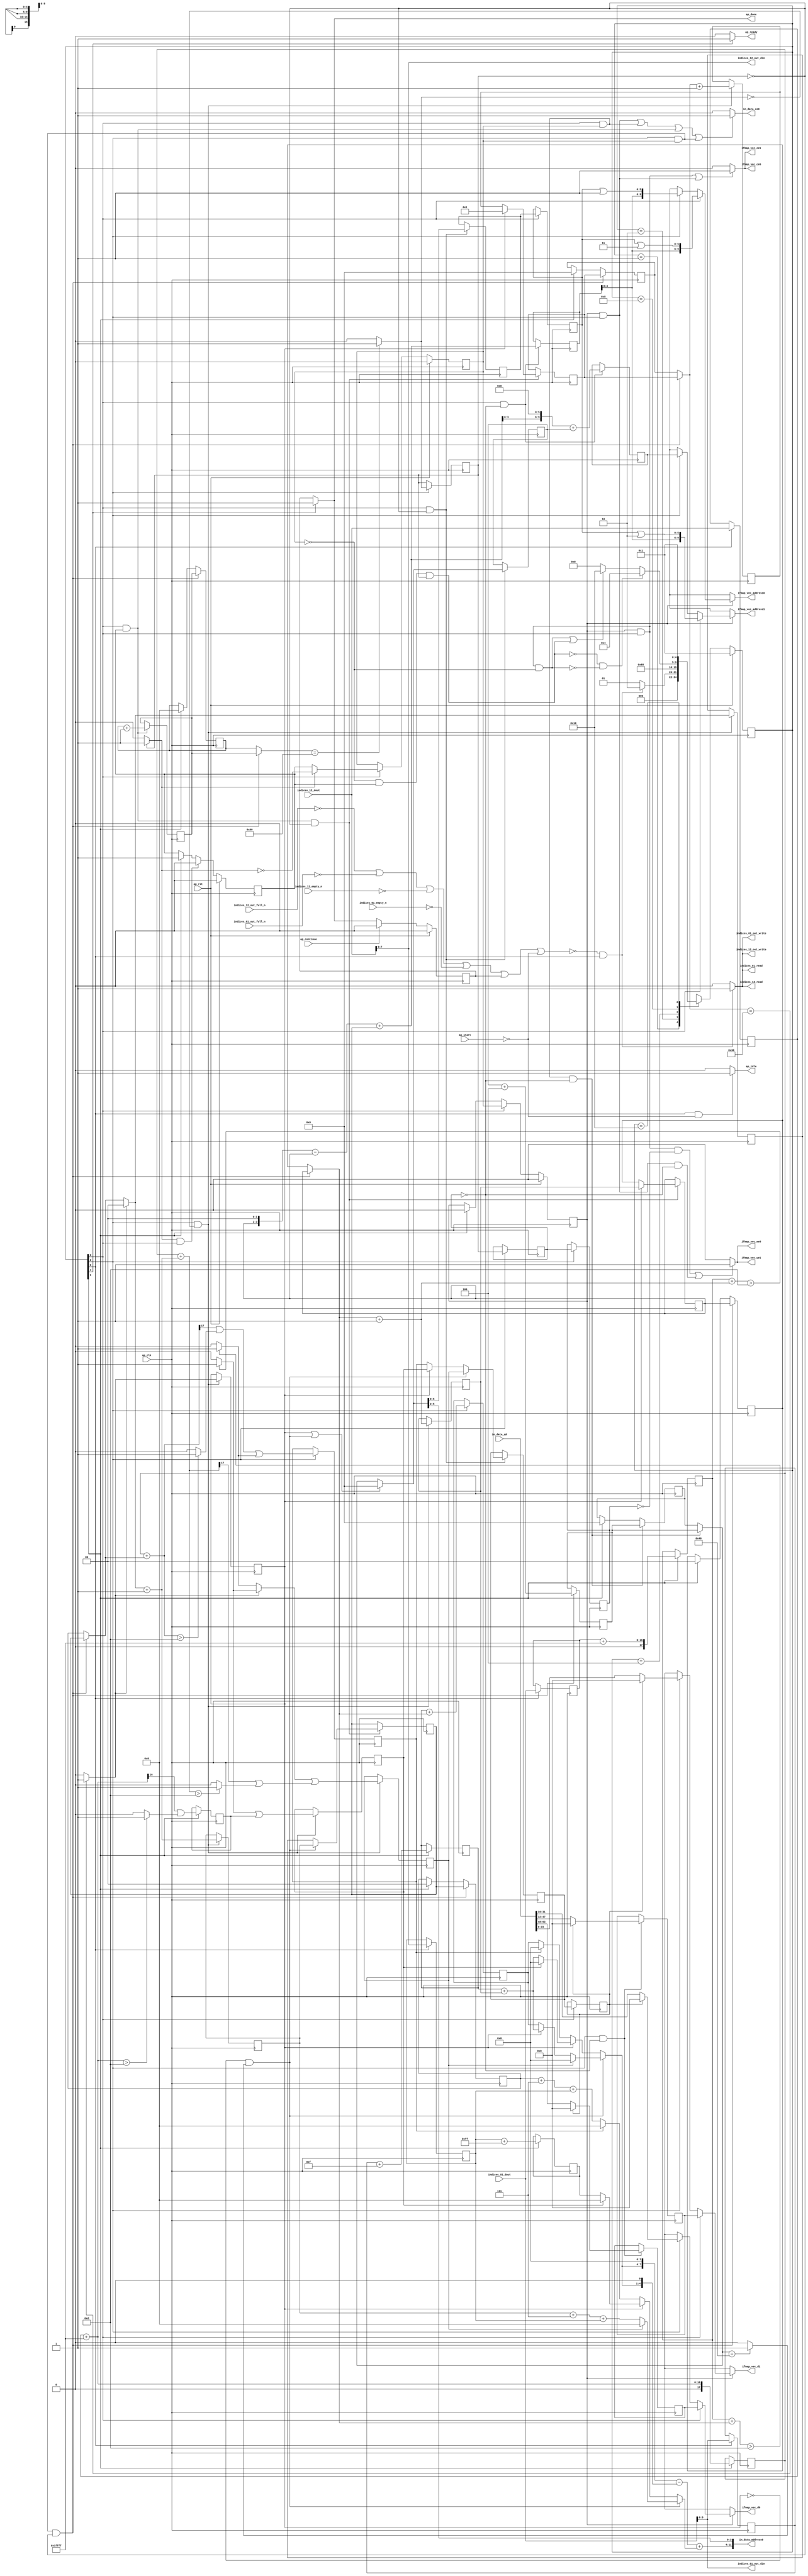
`define EXPONENT 5
`define MANTISSA 10
`define ACTUAL_MANTISSA 11
`define EXPONENT_LSB 10
`define EXPONENT_MSB 14
`define MANTISSA_LSB 0
`define MANTISSA_MSB 9
`define MANTISSA_MUL_SPLIT_LSB 3
`define MANTISSA_MUL_SPLIT_MSB 9
`define SIGN 1
`define SIGN_LOC 15
`define DWIDTH (`SIGN+`EXPONENT+`MANTISSA)
`define IEEE_COMPLIANCE 1

module td_fused_top_tdf11_readInputs75 (
        ap_clk,
        ap_rst,
        ap_start,
        ap_done,
        ap_continue,
        ap_idle,
        ap_ready,
        in_data_address0,
        in_data_ce0,
        in_data_q0,
        indices_01_dout,
        indices_01_empty_n,
        indices_01_read,
        indices_12_dout,
        indices_12_empty_n,
        indices_12_read,
        ifmap_vec_address0,
        ifmap_vec_ce0,
        ifmap_vec_we0,
        ifmap_vec_d0,
        ifmap_vec_address1,
        ifmap_vec_ce1,
        ifmap_vec_we1,
        ifmap_vec_d1,
        indices_01_out_din,
        indices_01_out_full_n,
        indices_01_out_write,
        indices_12_out_din,
        indices_12_out_full_n,
        indices_12_out_write
);

parameter    ap_ST_fsm_state1 = 5'd1;
parameter    ap_ST_fsm_state2 = 5'd2;
parameter    ap_ST_fsm_pp0_stage0 = 5'd4;
parameter    ap_ST_fsm_pp0_stage1 = 5'd8;
parameter    ap_ST_fsm_state9 = 5'd16;

input   ap_clk;
input   ap_rst;
input   ap_start;
output   ap_done;
input   ap_continue;
output   ap_idle;
output   ap_ready;
output  [11:0] in_data_address0;
output   in_data_ce0;
input  [63:0] in_data_q0;
input  [15:0] indices_01_dout;
input   indices_01_empty_n;
output   indices_01_read;
input  [15:0] indices_12_dout;
input   indices_12_empty_n;
output   indices_12_read;
output  [9:0] ifmap_vec_address0;
output   ifmap_vec_ce0;
output   ifmap_vec_we0;
output  [15:0] ifmap_vec_d0;
output  [9:0] ifmap_vec_address1;
output   ifmap_vec_ce1;
output   ifmap_vec_we1;
output  [15:0] ifmap_vec_d1;
output  [3:0] indices_01_out_din;
input   indices_01_out_full_n;
output   indices_01_out_write;
output  [7:0] indices_12_out_din;
input   indices_12_out_full_n;
output   indices_12_out_write;

reg ap_done;
reg ap_idle;
reg ap_ready;
reg in_data_ce0;
reg indices_01_read;
reg indices_12_read;
reg[9:0] ifmap_vec_address0;
reg ifmap_vec_ce0;
reg ifmap_vec_we0;
reg[15:0] ifmap_vec_d0;
reg[9:0] ifmap_vec_address1;
reg ifmap_vec_ce1;
reg ifmap_vec_we1;
reg[15:0] ifmap_vec_d1;
reg indices_01_out_write;
reg indices_12_out_write;

reg    ap_done_reg;
  reg   [4:0] ap_CS_fsm;
wire    ap_CS_fsm_state1;
reg    indices_01_blk_n;
reg    indices_12_blk_n;
reg    indices_01_out_blk_n;
reg    indices_12_out_blk_n;
reg   [7:0] indvar_flatten47_reg_224;
reg   [1:0] ii_reg_236;
reg   [6:0] indvar_flatten_reg_248;
reg   [1:0] jj_reg_259;
reg   [6:0] kk_0_i_i_reg_271;
reg   [15:0] indices_01_read_reg_960;
wire   [3:0] trunc_ln250_fu_282_p1;
reg   [3:0] trunc_ln250_reg_965;
reg   [15:0] indices_12_read_reg_970;
wire   [7:0] empty_fu_287_p1;
reg   [7:0] empty_reg_975;
wire   [17:0] p_cast_i_i_fu_304_p1;
reg   [17:0] p_cast_i_i_reg_982;
wire    ap_CS_fsm_state2;
wire   [17:0] sext_ln22_fu_314_p1;
reg   [17:0] sext_ln22_reg_988;
wire   [3:0] p_cast_fu_318_p2;
reg   [3:0] p_cast_reg_994;
wire   [0:0] or_ln23_31_fu_337_p2;
reg   [0:0] or_ln23_31_reg_1000;
wire   [7:0] p_mid137_fu_343_p2;
reg   [7:0] p_mid137_reg_1005;
wire   [3:0] p_cast5_i_i_fu_361_p2;
reg   [3:0] p_cast5_i_i_reg_1010;
wire    ap_CS_fsm_pp0_stage0;
wire    ap_block_state3_pp0_stage0_iter0;
wire    ap_block_state5_pp0_stage0_iter1;
wire    ap_block_state7_pp0_stage0_iter2;
wire    ap_block_pp0_stage0_11001;
wire   [0:0] is_padding_fu_401_p2;
reg   [0:0] is_padding_reg_1016;
wire   [0:0] icmp_ln19_fu_407_p2;
reg   [0:0] icmp_ln19_reg_1023;
reg   [0:0] icmp_ln19_reg_1023_pp0_iter1_reg;
reg   [0:0] icmp_ln19_reg_1023_pp0_iter2_reg;
wire   [1:0] add_ln19_fu_413_p2;
reg   [1:0] add_ln19_reg_1027;
wire   [0:0] icmp_ln20_fu_419_p2;
reg   [0:0] icmp_ln20_reg_1033;
wire   [1:0] select_ln19_fu_425_p3;
reg   [1:0] select_ln19_reg_1045;
wire   [0:0] or_ln23_33_fu_456_p2;
reg   [0:0] or_ln23_33_reg_1050;
wire   [1:0] add_ln20_fu_461_p2;
reg   [1:0] add_ln20_reg_1057;
wire   [0:0] or_ln23_35_fu_496_p2;
reg   [0:0] or_ln23_35_reg_1063;
wire   [6:0] add_ln20_7_fu_502_p2;
reg   [6:0] add_ln20_7_reg_1070;
wire   [7:0] add_ln19_7_fu_508_p2;
reg   [7:0] add_ln19_7_reg_1075;
wire    ap_CS_fsm_pp0_stage1;
reg    ap_enable_reg_pp0_iter0;
wire    ap_block_state4_pp0_stage1_iter0;
wire    ap_block_state6_pp0_stage1_iter1;
wire    ap_block_state8_pp0_stage1_iter2;
wire    ap_block_pp0_stage1_11001;
wire   [1:0] select_ln19_36_fu_546_p3;
reg   [1:0] select_ln19_36_reg_1080;
wire   [6:0] select_ln20_fu_620_p3;
reg   [6:0] select_ln20_reg_1087;
wire   [1:0] select_ln20_30_fu_628_p3;
reg   [1:0] select_ln20_30_reg_1093;
wire   [0:0] select_ln20_31_fu_637_p3;
reg   [0:0] select_ln20_31_reg_1099;
reg   [0:0] select_ln20_31_reg_1099_pp0_iter1_reg;
wire   [5:0] empty_137_fu_733_p1;
reg   [5:0] empty_137_reg_1107;
reg   [5:0] empty_137_reg_1107_pp0_iter1_reg;
wire   [6:0] select_ln20_34_fu_760_p3;
reg   [6:0] select_ln20_34_reg_1119;
wire   [6:0] add_ln25_fu_766_p2;
reg   [6:0] add_ln25_reg_1124;
reg    ap_enable_reg_pp0_iter1;
wire   [5:0] add_ln33_fu_798_p2;
reg   [5:0] add_ln33_reg_1129;
wire   [9:0] add_ln33_7_fu_819_p2;
reg   [9:0] add_ln33_7_reg_1136;
wire   [15:0] select_ln33_29_fu_898_p3;
reg   [15:0] select_ln33_29_reg_1141;
wire   [15:0] select_ln33_30_fu_919_p3;
reg   [15:0] select_ln33_30_reg_1146;
wire    ap_block_pp0_stage1_subdone;
reg    ap_condition_pp0_exit_iter0_state4;
reg    ap_enable_reg_pp0_iter2;
reg   [7:0] ap_phi_mux_indvar_flatten47_phi_fu_228_p4;
wire    ap_block_pp0_stage0;
reg   [1:0] ap_phi_mux_ii_phi_fu_240_p4;
reg   [6:0] ap_phi_mux_indvar_flatten_phi_fu_252_p4;
reg   [1:0] ap_phi_mux_jj_phi_fu_263_p4;
reg   [6:0] ap_phi_mux_kk_0_i_i_phi_fu_275_p4;
wire    ap_block_pp0_stage1;
wire   [63:0] sext_ln32_fu_755_p1;
wire   [63:0] zext_ln33_29_fu_825_p1;
wire   [63:0] sext_ln33_fu_857_p1;
wire   [63:0] sext_ln33_11_fu_938_p1;
wire   [63:0] sext_ln33_12_fu_955_p1;
reg    ap_block_state1;
wire   [15:0] select_ln33_fu_837_p3;
wire   [15:0] select_ln33_28_fu_876_p3;
wire   [16:0] zext_ln19_fu_295_p1;
wire   [16:0] empty_132_fu_298_p2;
wire   [16:0] j_cast_i_i_fu_292_p1;
wire   [16:0] add_ln22_fu_308_p2;
wire   [0:0] tmp_49_fu_323_p3;
wire   [0:0] icmp_ln24_fu_331_p2;
wire   [17:0] ii_cast_i_i_fu_348_p1;
wire   [3:0] ii_cast_fu_352_p1;
wire   [17:0] empty_133_fu_356_p2;
wire   [17:0] zext_ln20_fu_372_p1;
wire   [17:0] add_ln22_7_fu_376_p2;
wire   [0:0] tmp_50_fu_381_p3;
wire   [0:0] icmp_ln24_7_fu_389_p2;
wire   [0:0] or_ln23_fu_395_p2;
wire   [0:0] empty_134_fu_366_p2;
wire   [17:0] ii_cast_i_i_mid1_fu_433_p1;
wire   [17:0] p_mid111_fu_437_p2;
wire   [0:0] p_mid113_fu_442_p2;
wire   [17:0] zext_ln20_7_fu_467_p1;
wire   [17:0] add_ln22_8_fu_471_p2;
wire   [0:0] tmp_51_fu_476_p3;
wire   [0:0] icmp_ln24_8_fu_484_p2;
wire   [0:0] or_ln23_34_fu_490_p2;
wire   [0:0] select_ln19_38_fu_448_p3;
wire   [2:0] zext_ln22_fu_514_p1;
wire   [2:0] tmp1_fu_524_p2;
wire   [7:0] tmp1_cast_fu_530_p1;
wire   [7:0] empty_135_fu_534_p2;
wire   [3:0] ii_cast_mid1_fu_552_p1;
wire   [3:0] p_cast5_i_i_mid1_fu_555_p2;
wire   [3:0] row_coord_int_mid131_fu_571_p3;
wire   [3:0] row_coord_int_fu_518_p3;
wire   [7:0] col_coord_int_mid139_fu_578_p3;
wire   [7:0] col_coord_int_fu_539_p3;
wire   [0:0] icmp_ln25_fu_603_p2;
wire   [0:0] xor_ln19_fu_598_p2;
wire   [0:0] and_ln19_fu_609_p2;
wire   [0:0] or_ln20_fu_615_p2;
wire   [0:0] select_ln19_39_fu_566_p3;
wire   [3:0] select_ln19_37_fu_560_p3;
wire   [2:0] zext_ln22_7_fu_634_p1;
wire   [2:0] tmp1_mid1_fu_651_p2;
wire   [7:0] tmp1_cast_mid1_fu_657_p1;
wire   [7:0] p_mid1_fu_661_p2;
wire   [3:0] row_coord_int_mid1_fu_644_p3;
wire   [3:0] select_ln19_40_fu_584_p3;
wire   [3:0] select_ln20_32_fu_673_p3;
wire   [7:0] tmp_s_fu_681_p3;
wire   [4:0] tmp_16_fu_693_p3;
wire   [8:0] zext_ln32_fu_689_p1;
wire   [8:0] zext_ln32_34_fu_701_p1;
wire   [8:0] sub_ln32_fu_705_p2;
wire   [7:0] col_coord_int_mid1_fu_666_p3;
wire   [7:0] select_ln19_41_fu_591_p3;
wire   [7:0] select_ln20_33_fu_715_p3;
wire   [9:0] sext_ln20_fu_711_p1;
wire   [9:0] zext_ln32_35_fu_723_p1;
wire   [9:0] add_ln32_fu_727_p2;
wire   [3:0] lshr_ln_fu_737_p4;
wire   [13:0] tmp_52_fu_747_p3;
wire   [3:0] tmp_fu_774_p3;
wire   [4:0] zext_ln33_26_fu_781_p1;
wire   [4:0] zext_ln33_fu_771_p1;
wire   [4:0] sub_ln33_fu_785_p2;
wire   [5:0] sub_ln33_cast_fu_791_p1;
wire   [5:0] zext_ln33_27_fu_795_p1;
wire   [3:0] trunc_ln33_fu_804_p1;
wire   [9:0] tmp_155_cast_fu_808_p3;
wire   [9:0] zext_ln33_28_fu_816_p1;
wire   [15:0] trunc_ln32_fu_829_p1;
wire   [15:0] bitcast_ln32_fu_833_p1;
wire   [5:0] or_ln25_fu_845_p2;
wire   [11:0] tmp_53_fu_850_p3;
wire   [15:0] tmp_84_i_i_fu_862_p4;
wire   [15:0] bitcast_ln32_28_fu_872_p1;
wire   [15:0] tmp_85_i_i_fu_884_p4;
wire   [15:0] bitcast_ln32_29_fu_894_p1;
wire   [15:0] tmp_86_i_i_fu_905_p4;
wire   [15:0] bitcast_ln32_30_fu_915_p1;
wire   [5:0] or_ln25_19_fu_926_p2;
wire   [11:0] tmp_54_fu_931_p3;
wire   [5:0] or_ln25_20_fu_943_p2;
wire   [11:0] tmp_55_fu_948_p3;
wire    ap_CS_fsm_state9;
reg   [4:0] ap_NS_fsm;
wire    ap_block_pp0_stage0_subdone;
reg    ap_idle_pp0;
wire    ap_enable_pp0;
wire    ap_ce_reg;

// power-on initialization
initial begin
#0 ap_done_reg = 1'b0;
#0 ap_CS_fsm = 5'd1;
#0 ap_enable_reg_pp0_iter0 = 1'b0;
#0 ap_enable_reg_pp0_iter1 = 1'b0;
#0 ap_enable_reg_pp0_iter2 = 1'b0;
end

always @ (posedge ap_clk) begin
    if (ap_rst == 1'b1) begin
        ap_CS_fsm <= ap_ST_fsm_state1;
    end else begin
        ap_CS_fsm <= ap_NS_fsm;
    end
end

always @ (posedge ap_clk) begin
    if (ap_rst == 1'b1) begin
        ap_done_reg <= 1'b0;
    end else begin
        if ((ap_continue == 1'b1)) begin
            ap_done_reg <= 1'b0;
        end else if ((1'b1 == ap_CS_fsm_state9)) begin
            ap_done_reg <= 1'b1;
        end
    end
end

always @ (posedge ap_clk) begin
    if (ap_rst == 1'b1) begin
        ap_enable_reg_pp0_iter0 <= 1'b0;
    end else begin
        if (((1'b1 == ap_condition_pp0_exit_iter0_state4) & (1'b1 == ap_CS_fsm_pp0_stage1) & (1'b0 == ap_block_pp0_stage1_subdone))) begin
            ap_enable_reg_pp0_iter0 <= 1'b0;
        end else if ((1'b1 == ap_CS_fsm_state2)) begin
            ap_enable_reg_pp0_iter0 <= 1'b1;
        end
    end
end

always @ (posedge ap_clk) begin
    if (ap_rst == 1'b1) begin
        ap_enable_reg_pp0_iter1 <= 1'b0;
    end else begin
        if (((1'b1 == ap_CS_fsm_pp0_stage1) & (1'b0 == ap_block_pp0_stage1_subdone))) begin
            if ((1'b1 == ap_condition_pp0_exit_iter0_state4)) begin
                ap_enable_reg_pp0_iter1 <= (1'b1 ^ ap_condition_pp0_exit_iter0_state4);
            end else if ((1'b1 == 1'b1)) begin
                ap_enable_reg_pp0_iter1 <= ap_enable_reg_pp0_iter0;
            end
        end
    end
end

always @ (posedge ap_clk) begin
    if (ap_rst == 1'b1) begin
        ap_enable_reg_pp0_iter2 <= 1'b0;
    end else begin
        if (((1'b1 == ap_CS_fsm_pp0_stage1) & (1'b0 == ap_block_pp0_stage1_subdone))) begin
            ap_enable_reg_pp0_iter2 <= ap_enable_reg_pp0_iter1;
        end else if ((1'b1 == ap_CS_fsm_state2)) begin
            ap_enable_reg_pp0_iter2 <= 1'b0;
        end
    end
end

always @ (posedge ap_clk) begin
    if (((1'b1 == ap_CS_fsm_pp0_stage0) & (ap_enable_reg_pp0_iter1 == 1'b1) & (icmp_ln19_reg_1023 == 1'd0) & (1'b0 == ap_block_pp0_stage0_11001))) begin
        ii_reg_236 <= select_ln19_36_reg_1080;
    end else if ((1'b1 == ap_CS_fsm_state2)) begin
        ii_reg_236 <= 2'd0;
    end
end

always @ (posedge ap_clk) begin
    if (((1'b1 == ap_CS_fsm_pp0_stage0) & (ap_enable_reg_pp0_iter1 == 1'b1) & (icmp_ln19_reg_1023 == 1'd0) & (1'b0 == ap_block_pp0_stage0_11001))) begin
        indvar_flatten47_reg_224 <= add_ln19_7_reg_1075;
    end else if ((1'b1 == ap_CS_fsm_state2)) begin
        indvar_flatten47_reg_224 <= 8'd0;
    end
end

always @ (posedge ap_clk) begin
    if (((1'b1 == ap_CS_fsm_pp0_stage0) & (ap_enable_reg_pp0_iter1 == 1'b1) & (icmp_ln19_reg_1023 == 1'd0) & (1'b0 == ap_block_pp0_stage0_11001))) begin
        indvar_flatten_reg_248 <= select_ln20_34_reg_1119;
    end else if ((1'b1 == ap_CS_fsm_state2)) begin
        indvar_flatten_reg_248 <= 7'd0;
    end
end

always @ (posedge ap_clk) begin
    if (((1'b1 == ap_CS_fsm_pp0_stage0) & (ap_enable_reg_pp0_iter1 == 1'b1) & (icmp_ln19_reg_1023 == 1'd0) & (1'b0 == ap_block_pp0_stage0_11001))) begin
        jj_reg_259 <= select_ln20_30_reg_1093;
    end else if ((1'b1 == ap_CS_fsm_state2)) begin
        jj_reg_259 <= 2'd0;
    end
end

always @ (posedge ap_clk) begin
    if (((1'b1 == ap_CS_fsm_pp0_stage1) & (ap_enable_reg_pp0_iter1 == 1'b1) & (icmp_ln19_reg_1023_pp0_iter1_reg == 1'd0) & (1'b0 == ap_block_pp0_stage1_11001))) begin
        kk_0_i_i_reg_271 <= add_ln25_reg_1124;
    end else if ((1'b1 == ap_CS_fsm_state2)) begin
        kk_0_i_i_reg_271 <= 7'd0;
    end
end

always @ (posedge ap_clk) begin
    if (((1'b1 == ap_CS_fsm_pp0_stage1) & (ap_enable_reg_pp0_iter0 == 1'b1) & (1'b0 == ap_block_pp0_stage1_11001))) begin
        add_ln19_7_reg_1075 <= add_ln19_7_fu_508_p2;
    end
end

always @ (posedge ap_clk) begin
    if (((1'b1 == ap_CS_fsm_pp0_stage0) & (icmp_ln19_fu_407_p2 == 1'd0) & (1'b0 == ap_block_pp0_stage0_11001))) begin
        add_ln19_reg_1027 <= add_ln19_fu_413_p2;
        add_ln20_7_reg_1070 <= add_ln20_7_fu_502_p2;
        add_ln20_reg_1057 <= add_ln20_fu_461_p2;
        icmp_ln20_reg_1033 <= icmp_ln20_fu_419_p2;
        or_ln23_33_reg_1050 <= or_ln23_33_fu_456_p2;
        or_ln23_35_reg_1063 <= or_ln23_35_fu_496_p2;
        select_ln19_reg_1045 <= select_ln19_fu_425_p3;
    end
end

always @ (posedge ap_clk) begin
    if (((1'b1 == ap_CS_fsm_pp0_stage0) & (ap_enable_reg_pp0_iter1 == 1'b1) & (icmp_ln19_reg_1023 == 1'd0) & (1'b0 == ap_block_pp0_stage0_11001))) begin
        add_ln25_reg_1124 <= add_ln25_fu_766_p2;
    end
end

always @ (posedge ap_clk) begin
    if (((1'b1 == ap_CS_fsm_pp0_stage1) & (icmp_ln19_reg_1023_pp0_iter1_reg == 1'd0) & (1'b0 == ap_block_pp0_stage1_11001))) begin
        add_ln33_7_reg_1136 <= add_ln33_7_fu_819_p2;
        add_ln33_reg_1129 <= add_ln33_fu_798_p2;
    end
end

always @ (posedge ap_clk) begin
    if (((1'b1 == ap_CS_fsm_pp0_stage1) & (icmp_ln19_reg_1023 == 1'd0) & (1'b0 == ap_block_pp0_stage1_11001))) begin
        empty_137_reg_1107 <= empty_137_fu_733_p1;
        select_ln20_31_reg_1099 <= select_ln20_31_fu_637_p3;
        select_ln20_reg_1087 <= select_ln20_fu_620_p3;
    end
end

always @ (posedge ap_clk) begin
    if (((1'b1 == ap_CS_fsm_pp0_stage1) & (1'b0 == ap_block_pp0_stage1_11001))) begin
        empty_137_reg_1107_pp0_iter1_reg <= empty_137_reg_1107;
        select_ln20_31_reg_1099_pp0_iter1_reg <= select_ln20_31_reg_1099;
    end
end

always @ (posedge ap_clk) begin
    if ((1'b1 == ap_CS_fsm_state1)) begin
        empty_reg_975 <= empty_fu_287_p1;
        indices_01_read_reg_960 <= indices_01_dout;
        indices_12_read_reg_970 <= indices_12_dout;
        trunc_ln250_reg_965 <= trunc_ln250_fu_282_p1;
    end
end

always @ (posedge ap_clk) begin
    if (((1'b1 == ap_CS_fsm_pp0_stage0) & (1'b0 == ap_block_pp0_stage0_11001))) begin
        icmp_ln19_reg_1023 <= icmp_ln19_fu_407_p2;
        icmp_ln19_reg_1023_pp0_iter1_reg <= icmp_ln19_reg_1023;
        icmp_ln19_reg_1023_pp0_iter2_reg <= icmp_ln19_reg_1023_pp0_iter1_reg;
        is_padding_reg_1016 <= is_padding_fu_401_p2;
        p_cast5_i_i_reg_1010 <= p_cast5_i_i_fu_361_p2;
    end
end

always @ (posedge ap_clk) begin
    if ((1'b1 == ap_CS_fsm_state2)) begin
        or_ln23_31_reg_1000 <= or_ln23_31_fu_337_p2;
        p_cast_i_i_reg_982 <= p_cast_i_i_fu_304_p1;
        p_cast_reg_994 <= p_cast_fu_318_p2;
        p_mid137_reg_1005 <= p_mid137_fu_343_p2;
        sext_ln22_reg_988 <= sext_ln22_fu_314_p1;
    end
end

always @ (posedge ap_clk) begin
    if (((1'b1 == ap_CS_fsm_pp0_stage1) & (ap_enable_reg_pp0_iter0 == 1'b1) & (icmp_ln19_reg_1023 == 1'd0) & (1'b0 == ap_block_pp0_stage1_11001))) begin
        select_ln19_36_reg_1080 <= select_ln19_36_fu_546_p3;
        select_ln20_30_reg_1093 <= select_ln20_30_fu_628_p3;
        select_ln20_34_reg_1119 <= select_ln20_34_fu_760_p3;
    end
end

always @ (posedge ap_clk) begin
    if (((1'b1 == ap_CS_fsm_pp0_stage0) & (icmp_ln19_reg_1023_pp0_iter1_reg == 1'd0) & (1'b0 == ap_block_pp0_stage0_11001))) begin
        select_ln33_29_reg_1141 <= select_ln33_29_fu_898_p3;
        select_ln33_30_reg_1146 <= select_ln33_30_fu_919_p3;
    end
end

always @ (*) begin
    if ((icmp_ln19_reg_1023 == 1'd1)) begin
        ap_condition_pp0_exit_iter0_state4 = 1'b1;
    end else begin
        ap_condition_pp0_exit_iter0_state4 = 1'b0;
    end
end

always @ (*) begin
    if ((1'b1 == ap_CS_fsm_state9)) begin
        ap_done = 1'b1;
    end else begin
        ap_done = ap_done_reg;
    end
end

always @ (*) begin
    if (((1'b1 == ap_CS_fsm_state1) & (ap_start == 1'b0))) begin
        ap_idle = 1'b1;
    end else begin
        ap_idle = 1'b0;
    end
end

always @ (*) begin
    if (((ap_enable_reg_pp0_iter2 == 1'b0) & (ap_enable_reg_pp0_iter1 == 1'b0) & (ap_enable_reg_pp0_iter0 == 1'b0))) begin
        ap_idle_pp0 = 1'b1;
    end else begin
        ap_idle_pp0 = 1'b0;
    end
end

always @ (*) begin
    if (((1'b1 == ap_CS_fsm_pp0_stage0) & (ap_enable_reg_pp0_iter1 == 1'b1) & (icmp_ln19_reg_1023 == 1'd0) & (1'b0 == ap_block_pp0_stage0))) begin
        ap_phi_mux_ii_phi_fu_240_p4 = select_ln19_36_reg_1080;
    end else begin
        ap_phi_mux_ii_phi_fu_240_p4 = ii_reg_236;
    end
end

always @ (*) begin
    if (((1'b1 == ap_CS_fsm_pp0_stage0) & (ap_enable_reg_pp0_iter1 == 1'b1) & (icmp_ln19_reg_1023 == 1'd0) & (1'b0 == ap_block_pp0_stage0))) begin
        ap_phi_mux_indvar_flatten47_phi_fu_228_p4 = add_ln19_7_reg_1075;
    end else begin
        ap_phi_mux_indvar_flatten47_phi_fu_228_p4 = indvar_flatten47_reg_224;
    end
end

always @ (*) begin
    if (((1'b1 == ap_CS_fsm_pp0_stage0) & (ap_enable_reg_pp0_iter1 == 1'b1) & (icmp_ln19_reg_1023 == 1'd0) & (1'b0 == ap_block_pp0_stage0))) begin
        ap_phi_mux_indvar_flatten_phi_fu_252_p4 = select_ln20_34_reg_1119;
    end else begin
        ap_phi_mux_indvar_flatten_phi_fu_252_p4 = indvar_flatten_reg_248;
    end
end

always @ (*) begin
    if (((1'b1 == ap_CS_fsm_pp0_stage0) & (ap_enable_reg_pp0_iter1 == 1'b1) & (icmp_ln19_reg_1023 == 1'd0) & (1'b0 == ap_block_pp0_stage0))) begin
        ap_phi_mux_jj_phi_fu_263_p4 = select_ln20_30_reg_1093;
    end else begin
        ap_phi_mux_jj_phi_fu_263_p4 = jj_reg_259;
    end
end

always @ (*) begin
    if (((1'b1 == ap_CS_fsm_pp0_stage1) & (ap_enable_reg_pp0_iter1 == 1'b1) & (icmp_ln19_reg_1023_pp0_iter1_reg == 1'd0) & (1'b0 == ap_block_pp0_stage1))) begin
        ap_phi_mux_kk_0_i_i_phi_fu_275_p4 = add_ln25_reg_1124;
    end else begin
        ap_phi_mux_kk_0_i_i_phi_fu_275_p4 = kk_0_i_i_reg_271;
    end
end

always @ (*) begin
    if ((1'b1 == ap_CS_fsm_state9)) begin
        ap_ready = 1'b1;
    end else begin
        ap_ready = 1'b0;
    end
end

always @ (*) begin
    if ((ap_enable_reg_pp0_iter2 == 1'b1)) begin
        if (((1'b1 == ap_CS_fsm_pp0_stage1) & (1'b0 == ap_block_pp0_stage1))) begin
            ifmap_vec_address0 = sext_ln33_12_fu_955_p1;
        end else if (((1'b1 == ap_CS_fsm_pp0_stage0) & (1'b0 == ap_block_pp0_stage0))) begin
            ifmap_vec_address0 = sext_ln33_fu_857_p1;
        end else begin
            ifmap_vec_address0 = 'bx;
        end
    end else begin
        ifmap_vec_address0 = 'bx;
    end
end

always @ (*) begin
    if ((ap_enable_reg_pp0_iter2 == 1'b1)) begin
        if (((1'b1 == ap_CS_fsm_pp0_stage1) & (1'b0 == ap_block_pp0_stage1))) begin
            ifmap_vec_address1 = sext_ln33_11_fu_938_p1;
        end else if (((1'b1 == ap_CS_fsm_pp0_stage0) & (1'b0 == ap_block_pp0_stage0))) begin
            ifmap_vec_address1 = zext_ln33_29_fu_825_p1;
        end else begin
            ifmap_vec_address1 = 'bx;
        end
    end else begin
        ifmap_vec_address1 = 'bx;
    end
end

always @ (*) begin
    if ((((ap_enable_reg_pp0_iter2 == 1'b1) & (1'b1 == ap_CS_fsm_pp0_stage1) & (1'b0 == ap_block_pp0_stage1_11001)) | ((ap_enable_reg_pp0_iter2 == 1'b1) & (1'b1 == ap_CS_fsm_pp0_stage0) & (1'b0 == ap_block_pp0_stage0_11001)))) begin
        ifmap_vec_ce0 = 1'b1;
    end else begin
        ifmap_vec_ce0 = 1'b0;
    end
end

always @ (*) begin
    if ((((ap_enable_reg_pp0_iter2 == 1'b1) & (1'b1 == ap_CS_fsm_pp0_stage1) & (1'b0 == ap_block_pp0_stage1_11001)) | ((ap_enable_reg_pp0_iter2 == 1'b1) & (1'b1 == ap_CS_fsm_pp0_stage0) & (1'b0 == ap_block_pp0_stage0_11001)))) begin
        ifmap_vec_ce1 = 1'b1;
    end else begin
        ifmap_vec_ce1 = 1'b0;
    end
end

always @ (*) begin
    if ((ap_enable_reg_pp0_iter2 == 1'b1)) begin
        if (((1'b1 == ap_CS_fsm_pp0_stage1) & (1'b0 == ap_block_pp0_stage1))) begin
            ifmap_vec_d0 = select_ln33_30_reg_1146;
        end else if (((1'b1 == ap_CS_fsm_pp0_stage0) & (1'b0 == ap_block_pp0_stage0))) begin
            ifmap_vec_d0 = select_ln33_28_fu_876_p3;
        end else begin
            ifmap_vec_d0 = 'bx;
        end
    end else begin
        ifmap_vec_d0 = 'bx;
    end
end

always @ (*) begin
    if ((ap_enable_reg_pp0_iter2 == 1'b1)) begin
        if (((1'b1 == ap_CS_fsm_pp0_stage1) & (1'b0 == ap_block_pp0_stage1))) begin
            ifmap_vec_d1 = select_ln33_29_reg_1141;
        end else if (((1'b1 == ap_CS_fsm_pp0_stage0) & (1'b0 == ap_block_pp0_stage0))) begin
            ifmap_vec_d1 = select_ln33_fu_837_p3;
        end else begin
            ifmap_vec_d1 = 'bx;
        end
    end else begin
        ifmap_vec_d1 = 'bx;
    end
end

always @ (*) begin
    if ((((ap_enable_reg_pp0_iter2 == 1'b1) & (1'b1 == ap_CS_fsm_pp0_stage1) & (icmp_ln19_reg_1023_pp0_iter2_reg == 1'd0) & (1'b0 == ap_block_pp0_stage1_11001)) | ((ap_enable_reg_pp0_iter2 == 1'b1) & (1'b1 == ap_CS_fsm_pp0_stage0) & (icmp_ln19_reg_1023_pp0_iter1_reg == 1'd0) & (1'b0 == ap_block_pp0_stage0_11001)))) begin
        ifmap_vec_we0 = 1'b1;
    end else begin
        ifmap_vec_we0 = 1'b0;
    end
end

always @ (*) begin
    if ((((ap_enable_reg_pp0_iter2 == 1'b1) & (1'b1 == ap_CS_fsm_pp0_stage1) & (icmp_ln19_reg_1023_pp0_iter2_reg == 1'd0) & (1'b0 == ap_block_pp0_stage1_11001)) | ((ap_enable_reg_pp0_iter2 == 1'b1) & (1'b1 == ap_CS_fsm_pp0_stage0) & (icmp_ln19_reg_1023_pp0_iter1_reg == 1'd0) & (1'b0 == ap_block_pp0_stage0_11001)))) begin
        ifmap_vec_we1 = 1'b1;
    end else begin
        ifmap_vec_we1 = 1'b0;
    end
end

always @ (*) begin
    if ((((ap_enable_reg_pp0_iter2 == 1'b1) & (1'b1 == ap_CS_fsm_pp0_stage0) & (1'b0 == ap_block_pp0_stage0_11001)) | ((1'b1 == ap_CS_fsm_pp0_stage1) & (ap_enable_reg_pp0_iter1 == 1'b1) & (1'b0 == ap_block_pp0_stage1_11001)) | ((1'b1 == ap_CS_fsm_pp0_stage1) & (ap_enable_reg_pp0_iter0 == 1'b1) & (1'b0 == ap_block_pp0_stage1_11001)) | ((1'b1 == ap_CS_fsm_pp0_stage0) & (ap_enable_reg_pp0_iter1 == 1'b1) & (1'b0 == ap_block_pp0_stage0_11001)))) begin
        in_data_ce0 = 1'b1;
    end else begin
        in_data_ce0 = 1'b0;
    end
end

always @ (*) begin
    if ((~((ap_done_reg == 1'b1) | (ap_start == 1'b0)) & (1'b1 == ap_CS_fsm_state1))) begin
        indices_01_blk_n = indices_01_empty_n;
    end else begin
        indices_01_blk_n = 1'b1;
    end
end

always @ (*) begin
    if ((~((ap_done_reg == 1'b1) | (ap_start == 1'b0)) & (1'b1 == ap_CS_fsm_state1))) begin
        indices_01_out_blk_n = indices_01_out_full_n;
    end else begin
        indices_01_out_blk_n = 1'b1;
    end
end

always @ (*) begin
    if ((~((indices_12_out_full_n == 1'b0) | (indices_01_out_full_n == 1'b0) | (indices_12_empty_n == 1'b0) | (indices_01_empty_n == 1'b0) | (ap_done_reg == 1'b1) | (ap_start == 1'b0)) & (1'b1 == ap_CS_fsm_state1))) begin
        indices_01_out_write = 1'b1;
    end else begin
        indices_01_out_write = 1'b0;
    end
end

always @ (*) begin
    if ((~((indices_12_out_full_n == 1'b0) | (indices_01_out_full_n == 1'b0) | (indices_12_empty_n == 1'b0) | (indices_01_empty_n == 1'b0) | (ap_done_reg == 1'b1) | (ap_start == 1'b0)) & (1'b1 == ap_CS_fsm_state1))) begin
        indices_01_read = 1'b1;
    end else begin
        indices_01_read = 1'b0;
    end
end

always @ (*) begin
    if ((~((ap_done_reg == 1'b1) | (ap_start == 1'b0)) & (1'b1 == ap_CS_fsm_state1))) begin
        indices_12_blk_n = indices_12_empty_n;
    end else begin
        indices_12_blk_n = 1'b1;
    end
end

always @ (*) begin
    if ((~((ap_done_reg == 1'b1) | (ap_start == 1'b0)) & (1'b1 == ap_CS_fsm_state1))) begin
        indices_12_out_blk_n = indices_12_out_full_n;
    end else begin
        indices_12_out_blk_n = 1'b1;
    end
end

always @ (*) begin
    if ((~((indices_12_out_full_n == 1'b0) | (indices_01_out_full_n == 1'b0) | (indices_12_empty_n == 1'b0) | (indices_01_empty_n == 1'b0) | (ap_done_reg == 1'b1) | (ap_start == 1'b0)) & (1'b1 == ap_CS_fsm_state1))) begin
        indices_12_out_write = 1'b1;
    end else begin
        indices_12_out_write = 1'b0;
    end
end

always @ (*) begin
    if ((~((indices_12_out_full_n == 1'b0) | (indices_01_out_full_n == 1'b0) | (indices_12_empty_n == 1'b0) | (indices_01_empty_n == 1'b0) | (ap_done_reg == 1'b1) | (ap_start == 1'b0)) & (1'b1 == ap_CS_fsm_state1))) begin
        indices_12_read = 1'b1;
    end else begin
        indices_12_read = 1'b0;
    end
end

always @ (*) begin
    case (ap_CS_fsm)
        ap_ST_fsm_state1 : begin
            if ((~((indices_12_out_full_n == 1'b0) | (indices_01_out_full_n == 1'b0) | (indices_12_empty_n == 1'b0) | (indices_01_empty_n == 1'b0) | (ap_done_reg == 1'b1) | (ap_start == 1'b0)) & (1'b1 == ap_CS_fsm_state1))) begin
                ap_NS_fsm = ap_ST_fsm_state2;
            end else begin
                ap_NS_fsm = ap_ST_fsm_state1;
            end
        end
        ap_ST_fsm_state2 : begin
            ap_NS_fsm = ap_ST_fsm_pp0_stage0;
        end
        ap_ST_fsm_pp0_stage0 : begin
            if ((1'b0 == ap_block_pp0_stage0_subdone)) begin
                ap_NS_fsm = ap_ST_fsm_pp0_stage1;
            end else begin
                ap_NS_fsm = ap_ST_fsm_pp0_stage0;
            end
        end
        ap_ST_fsm_pp0_stage1 : begin
            if ((~((ap_enable_reg_pp0_iter1 == 1'b0) & (ap_enable_reg_pp0_iter0 == 1'b1) & (icmp_ln19_reg_1023 == 1'd1) & (1'b0 == ap_block_pp0_stage1_subdone)) & ~((ap_enable_reg_pp0_iter2 == 1'b1) & (1'b1 == ap_CS_fsm_pp0_stage1) & (ap_enable_reg_pp0_iter1 == 1'b0) & (1'b0 == ap_block_pp0_stage1_subdone)) & (1'b0 == ap_block_pp0_stage1_subdone))) begin
                ap_NS_fsm = ap_ST_fsm_pp0_stage0;
            end else if ((((ap_enable_reg_pp0_iter2 == 1'b1) & (1'b1 == ap_CS_fsm_pp0_stage1) & (ap_enable_reg_pp0_iter1 == 1'b0) & (1'b0 == ap_block_pp0_stage1_subdone)) | ((ap_enable_reg_pp0_iter1 == 1'b0) & (ap_enable_reg_pp0_iter0 == 1'b1) & (icmp_ln19_reg_1023 == 1'd1) & (1'b0 == ap_block_pp0_stage1_subdone)))) begin
                ap_NS_fsm = ap_ST_fsm_state9;
            end else begin
                ap_NS_fsm = ap_ST_fsm_pp0_stage1;
            end
        end
        ap_ST_fsm_state9 : begin
            ap_NS_fsm = ap_ST_fsm_state1;
        end
        default : begin
            ap_NS_fsm = 'bx;
        end
    endcase
end

assign add_ln19_7_fu_508_p2 = (indvar_flatten47_reg_224 + 8'd1);

assign add_ln19_fu_413_p2 = (ap_phi_mux_ii_phi_fu_240_p4 + 2'd1);

assign add_ln20_7_fu_502_p2 = (ap_phi_mux_indvar_flatten_phi_fu_252_p4 + 7'd1);

assign add_ln20_fu_461_p2 = (select_ln19_fu_425_p3 + 2'd1);

assign add_ln22_7_fu_376_p2 = ((sext_ln22_reg_988) + (zext_ln20_fu_372_p1));

assign add_ln22_8_fu_471_p2 = ((sext_ln22_reg_988) + (zext_ln20_7_fu_467_p1));

assign add_ln22_fu_308_p2 = ((j_cast_i_i_fu_292_p1) + (17'd131071));

assign add_ln25_fu_766_p2 = (select_ln20_reg_1087 + 7'd4);

assign add_ln32_fu_727_p2 = ((sext_ln20_fu_711_p1) + (zext_ln32_35_fu_723_p1));

assign add_ln33_7_fu_819_p2 = (tmp_155_cast_fu_808_p3 + zext_ln33_28_fu_816_p1);

assign add_ln33_fu_798_p2 = ((sub_ln33_cast_fu_791_p1) + (zext_ln33_27_fu_795_p1));

assign and_ln19_fu_609_p2 = (xor_ln19_fu_598_p2 & icmp_ln25_fu_603_p2);

assign ap_CS_fsm_pp0_stage0 = ap_CS_fsm[32'd2];

assign ap_CS_fsm_pp0_stage1 = ap_CS_fsm[32'd3];

assign ap_CS_fsm_state1 = ap_CS_fsm[32'd0];

assign ap_CS_fsm_state2 = ap_CS_fsm[32'd1];

assign ap_CS_fsm_state9 = ap_CS_fsm[32'd4];

assign ap_block_pp0_stage0 = ~(1'b1 == 1'b1);

assign ap_block_pp0_stage0_11001 = ~(1'b1 == 1'b1);

assign ap_block_pp0_stage0_subdone = ~(1'b1 == 1'b1);

assign ap_block_pp0_stage1 = ~(1'b1 == 1'b1);

assign ap_block_pp0_stage1_11001 = ~(1'b1 == 1'b1);

assign ap_block_pp0_stage1_subdone = ~(1'b1 == 1'b1);

always @ (*) begin
    ap_block_state1 = ((indices_12_out_full_n == 1'b0) | (indices_01_out_full_n == 1'b0) | (indices_12_empty_n == 1'b0) | (indices_01_empty_n == 1'b0) | (ap_done_reg == 1'b1) | (ap_start == 1'b0));
end

assign ap_block_state3_pp0_stage0_iter0 = ~(1'b1 == 1'b1);

assign ap_block_state4_pp0_stage1_iter0 = ~(1'b1 == 1'b1);

assign ap_block_state5_pp0_stage0_iter1 = ~(1'b1 == 1'b1);

assign ap_block_state6_pp0_stage1_iter1 = ~(1'b1 == 1'b1);

assign ap_block_state7_pp0_stage0_iter2 = ~(1'b1 == 1'b1);

assign ap_block_state8_pp0_stage1_iter2 = ~(1'b1 == 1'b1);

assign ap_enable_pp0 = (ap_idle_pp0 ^ 1'b1);

assign bitcast_ln32_28_fu_872_p1 = tmp_84_i_i_fu_862_p4;

assign bitcast_ln32_29_fu_894_p1 = tmp_85_i_i_fu_884_p4;

assign bitcast_ln32_30_fu_915_p1 = tmp_86_i_i_fu_905_p4;

assign bitcast_ln32_fu_833_p1 = trunc_ln32_fu_829_p1;

assign col_coord_int_fu_539_p3 = ((is_padding_reg_1016[0:0] == 1'b1) ? 8'd0 : empty_135_fu_534_p2);

assign col_coord_int_mid139_fu_578_p3 = ((or_ln23_33_reg_1050[0:0] == 1'b1) ? 8'd0 : p_mid137_reg_1005);

assign col_coord_int_mid1_fu_666_p3 = ((or_ln23_35_reg_1063[0:0] == 1'b1) ? 8'd0 : p_mid1_fu_661_p2);

assign empty_132_fu_298_p2 = ((zext_ln19_fu_295_p1) + (17'd131071));

assign empty_133_fu_356_p2 = ((p_cast_i_i_reg_982) + (ii_cast_i_i_fu_348_p1));

assign empty_134_fu_366_p2 = ((empty_133_fu_356_p2 > 18'd13) ? 1'b1 : 1'b0);

assign empty_135_fu_534_p2 = ((tmp1_cast_fu_530_p1) + (empty_reg_975));

assign empty_137_fu_733_p1 = select_ln20_fu_620_p3[5:0];

assign empty_fu_287_p1 = indices_12_dout[7:0];

assign icmp_ln19_fu_407_p2 = ((ap_phi_mux_indvar_flatten47_phi_fu_228_p4 == 8'd144) ? 1'b1 : 1'b0);

assign icmp_ln20_fu_419_p2 = ((ap_phi_mux_indvar_flatten_phi_fu_252_p4 == 7'd48) ? 1'b1 : 1'b0);

assign icmp_ln24_7_fu_389_p2 = (((add_ln22_7_fu_376_p2) > (18'd13)) ? 1'b1 : 1'b0);

assign icmp_ln24_8_fu_484_p2 = (((add_ln22_8_fu_471_p2) > (18'd13)) ? 1'b1 : 1'b0);

assign icmp_ln24_fu_331_p2 = (((add_ln22_fu_308_p2) > (17'd13)) ? 1'b1 : 1'b0);

assign icmp_ln25_fu_603_p2 = ((ap_phi_mux_kk_0_i_i_phi_fu_275_p4 == 7'd64) ? 1'b1 : 1'b0);

assign ii_cast_fu_352_p1 = ap_phi_mux_ii_phi_fu_240_p4;

assign ii_cast_i_i_fu_348_p1 = ap_phi_mux_ii_phi_fu_240_p4;

assign ii_cast_i_i_mid1_fu_433_p1 = add_ln19_fu_413_p2;

assign ii_cast_mid1_fu_552_p1 = add_ln19_reg_1027;

assign in_data_address0 = sext_ln32_fu_755_p1;

assign indices_01_out_din = indices_01_dout[3:0];

assign indices_12_out_din = indices_12_dout[7:0];

assign is_padding_fu_401_p2 = (or_ln23_fu_395_p2 | empty_134_fu_366_p2);

assign j_cast_i_i_fu_292_p1 = indices_12_read_reg_970;

assign lshr_ln_fu_737_p4 = {{select_ln20_fu_620_p3[5:2]}};

assign or_ln20_fu_615_p2 = (icmp_ln20_reg_1033 | and_ln19_fu_609_p2);

assign or_ln23_31_fu_337_p2 = (tmp_49_fu_323_p3 | icmp_ln24_fu_331_p2);

assign or_ln23_33_fu_456_p2 = (p_mid113_fu_442_p2 | or_ln23_31_reg_1000);

assign or_ln23_34_fu_490_p2 = (tmp_51_fu_476_p3 | icmp_ln24_8_fu_484_p2);

assign or_ln23_35_fu_496_p2 = (select_ln19_38_fu_448_p3 | or_ln23_34_fu_490_p2);

assign or_ln23_fu_395_p2 = (tmp_50_fu_381_p3 | icmp_ln24_7_fu_389_p2);

assign or_ln25_19_fu_926_p2 = (empty_137_reg_1107_pp0_iter1_reg | 6'd2);

assign or_ln25_20_fu_943_p2 = (empty_137_reg_1107_pp0_iter1_reg | 6'd3);

assign or_ln25_fu_845_p2 = (empty_137_reg_1107_pp0_iter1_reg | 6'd1);

assign p_cast5_i_i_fu_361_p2 = (p_cast_reg_994 + ii_cast_fu_352_p1);

assign p_cast5_i_i_mid1_fu_555_p2 = (p_cast_reg_994 + ii_cast_mid1_fu_552_p1);

assign p_cast_fu_318_p2 = ((trunc_ln250_reg_965) + (4'd15));

assign p_cast_i_i_fu_304_p1 = (empty_132_fu_298_p2);

assign p_mid111_fu_437_p2 = ((p_cast_i_i_reg_982) + (ii_cast_i_i_mid1_fu_433_p1));

assign p_mid113_fu_442_p2 = ((p_mid111_fu_437_p2 > 18'd13) ? 1'b1 : 1'b0);

assign p_mid137_fu_343_p2 = ((empty_reg_975) + (8'd255));

assign p_mid1_fu_661_p2 = ((tmp1_cast_mid1_fu_657_p1) + (empty_reg_975));

assign row_coord_int_fu_518_p3 = ((is_padding_reg_1016[0:0] == 1'b1) ? 4'd0 : p_cast5_i_i_reg_1010);

assign row_coord_int_mid131_fu_571_p3 = ((or_ln23_33_reg_1050[0:0] == 1'b1) ? 4'd0 : p_cast5_i_i_mid1_fu_555_p2);

assign row_coord_int_mid1_fu_644_p3 = ((or_ln23_35_reg_1063[0:0] == 1'b1) ? 4'd0 : select_ln19_37_fu_560_p3);

assign select_ln19_36_fu_546_p3 = ((icmp_ln20_reg_1033[0:0] == 1'b1) ? add_ln19_reg_1027 : ii_reg_236);

assign select_ln19_37_fu_560_p3 = ((icmp_ln20_reg_1033[0:0] == 1'b1) ? p_cast5_i_i_mid1_fu_555_p2 : p_cast5_i_i_reg_1010);

assign select_ln19_38_fu_448_p3 = ((icmp_ln20_fu_419_p2[0:0] == 1'b1) ? p_mid113_fu_442_p2 : empty_134_fu_366_p2);

assign select_ln19_39_fu_566_p3 = ((icmp_ln20_reg_1033[0:0] == 1'b1) ? or_ln23_33_reg_1050 : is_padding_reg_1016);

assign select_ln19_40_fu_584_p3 = ((icmp_ln20_reg_1033[0:0] == 1'b1) ? row_coord_int_mid131_fu_571_p3 : row_coord_int_fu_518_p3);

assign select_ln19_41_fu_591_p3 = ((icmp_ln20_reg_1033[0:0] == 1'b1) ? col_coord_int_mid139_fu_578_p3 : col_coord_int_fu_539_p3);

assign select_ln19_fu_425_p3 = ((icmp_ln20_fu_419_p2[0:0] == 1'b1) ? 2'd0 : ap_phi_mux_jj_phi_fu_263_p4);

assign select_ln20_30_fu_628_p3 = ((and_ln19_fu_609_p2[0:0] == 1'b1) ? add_ln20_reg_1057 : select_ln19_reg_1045);

assign select_ln20_31_fu_637_p3 = ((and_ln19_fu_609_p2[0:0] == 1'b1) ? or_ln23_35_reg_1063 : select_ln19_39_fu_566_p3);

assign select_ln20_32_fu_673_p3 = ((and_ln19_fu_609_p2[0:0] == 1'b1) ? row_coord_int_mid1_fu_644_p3 : select_ln19_40_fu_584_p3);

assign select_ln20_33_fu_715_p3 = ((and_ln19_fu_609_p2[0:0] == 1'b1) ? col_coord_int_mid1_fu_666_p3 : select_ln19_41_fu_591_p3);

assign select_ln20_34_fu_760_p3 = ((icmp_ln20_reg_1033[0:0] == 1'b1) ? 7'd1 : add_ln20_7_reg_1070);

assign select_ln20_fu_620_p3 = ((or_ln20_fu_615_p2[0:0] == 1'b1) ? 7'd0 : ap_phi_mux_kk_0_i_i_phi_fu_275_p4);

assign select_ln33_28_fu_876_p3 = ((select_ln20_31_reg_1099_pp0_iter1_reg[0:0] == 1'b1) ? 16'd0 : bitcast_ln32_28_fu_872_p1);

assign select_ln33_29_fu_898_p3 = ((select_ln20_31_reg_1099_pp0_iter1_reg[0:0] == 1'b1) ? 16'd0 : bitcast_ln32_29_fu_894_p1);

assign select_ln33_30_fu_919_p3 = ((select_ln20_31_reg_1099_pp0_iter1_reg[0:0] == 1'b1) ? 16'd0 : bitcast_ln32_30_fu_915_p1);

assign select_ln33_fu_837_p3 = ((select_ln20_31_reg_1099_pp0_iter1_reg[0:0] == 1'b1) ? 16'd0 : bitcast_ln32_fu_833_p1);

assign sext_ln20_fu_711_p1 = (sub_ln32_fu_705_p2);

assign sext_ln22_fu_314_p1 = add_ln22_fu_308_p2;

assign sext_ln32_fu_755_p1 = (tmp_52_fu_747_p3);

assign sext_ln33_11_fu_938_p1 = (tmp_54_fu_931_p3);

assign sext_ln33_12_fu_955_p1 = (tmp_55_fu_948_p3);

assign sext_ln33_fu_857_p1 = (tmp_53_fu_850_p3);

assign sub_ln32_fu_705_p2 = (zext_ln32_fu_689_p1 - zext_ln32_34_fu_701_p1);

assign sub_ln33_cast_fu_791_p1 = (sub_ln33_fu_785_p2);

assign sub_ln33_fu_785_p2 = (zext_ln33_26_fu_781_p1 - zext_ln33_fu_771_p1);

assign tmp1_cast_fu_530_p1 = (tmp1_fu_524_p2);

assign tmp1_cast_mid1_fu_657_p1 = (tmp1_mid1_fu_651_p2);

assign tmp1_fu_524_p2 = ((zext_ln22_fu_514_p1) + (3'd7));

assign tmp1_mid1_fu_651_p2 = ((zext_ln22_7_fu_634_p1) + (3'd7));

assign tmp_155_cast_fu_808_p3 = {{trunc_ln33_fu_804_p1}, {6'd0}};

assign tmp_16_fu_693_p3 = {{select_ln20_32_fu_673_p3}, {1'd0}};

assign tmp_49_fu_323_p3 = add_ln22_fu_308_p2[32'd16];

assign tmp_50_fu_381_p3 = add_ln22_7_fu_376_p2[32'd17];

assign tmp_51_fu_476_p3 = add_ln22_8_fu_471_p2[32'd17];

assign tmp_52_fu_747_p3 = {{add_ln32_fu_727_p2}, {lshr_ln_fu_737_p4}};

assign tmp_53_fu_850_p3 = {{add_ln33_reg_1129}, {or_ln25_fu_845_p2}};

assign tmp_54_fu_931_p3 = {{add_ln33_reg_1129}, {or_ln25_19_fu_926_p2}};

assign tmp_55_fu_948_p3 = {{add_ln33_reg_1129}, {or_ln25_20_fu_943_p2}};

assign tmp_84_i_i_fu_862_p4 = {{in_data_q0[31:16]}};

assign tmp_85_i_i_fu_884_p4 = {{in_data_q0[47:32]}};

assign tmp_86_i_i_fu_905_p4 = {{in_data_q0[63:48]}};

assign tmp_fu_774_p3 = {{select_ln19_36_reg_1080}, {2'd0}};

assign tmp_s_fu_681_p3 = {{select_ln20_32_fu_673_p3}, {4'd0}};

assign trunc_ln250_fu_282_p1 = indices_01_dout[3:0];

assign trunc_ln32_fu_829_p1 = in_data_q0[15:0];

assign trunc_ln33_fu_804_p1 = add_ln33_fu_798_p2[3:0];

assign xor_ln19_fu_598_p2 = (icmp_ln20_reg_1033 ^ 1'd1);

assign zext_ln19_fu_295_p1 = indices_01_read_reg_960;

assign zext_ln20_7_fu_467_p1 = add_ln20_fu_461_p2;

assign zext_ln20_fu_372_p1 = ap_phi_mux_jj_phi_fu_263_p4;

assign zext_ln22_7_fu_634_p1 = add_ln20_reg_1057;

assign zext_ln22_fu_514_p1 = jj_reg_259;

assign zext_ln32_34_fu_701_p1 = tmp_16_fu_693_p3;

assign zext_ln32_35_fu_723_p1 = select_ln20_33_fu_715_p3;

assign zext_ln32_fu_689_p1 = tmp_s_fu_681_p3;

assign zext_ln33_26_fu_781_p1 = tmp_fu_774_p3;

assign zext_ln33_27_fu_795_p1 = select_ln20_30_reg_1093;

assign zext_ln33_28_fu_816_p1 = select_ln20_reg_1087;

assign zext_ln33_29_fu_825_p1 = add_ln33_7_reg_1136;

assign zext_ln33_fu_771_p1 = select_ln19_36_reg_1080;

endmodule //td_fused_top_tdf11_readInputs75